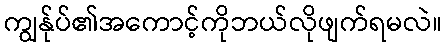
ကျွန်ုပ်၏အကောင့်ကိုဘယ်လိုဖျက်ရမလဲ။